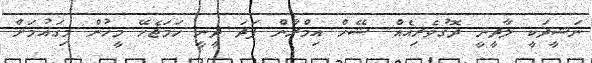
ނަޝީދަކީ ލާދީނީ ދޮގުވެރިއެއް. ޝޭޚް އިމްރާން ފަދަ ދީނީ ހަމަޖެހޭ މީހުން މިގައުމަށް